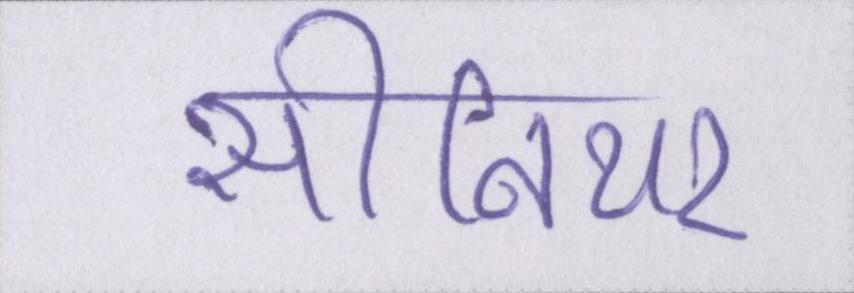
सीनियर